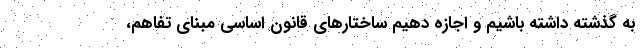
به گذشته داشته باشیم و اجازه دهیم ساختارهای قانون اساسی مبنای تفاهم،